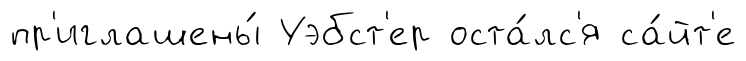
пр'иглашены́ Уэбст'ер оста́лс'я са́йт'е